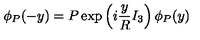
\phi _ { P } ( - y ) = P \exp \left( i \frac { y } { R } I _ { 3 } \right) \phi _ { P } ( y )